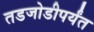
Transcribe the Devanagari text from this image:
तडजोडीपर्यंत